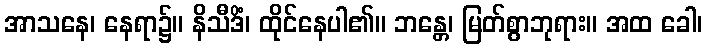
အာသနေ၊ နေရာ၌။ နိသီဒိံ၊ ထိုင်နေပါ၏။ ဘန္တေ၊ မြတ်စွာဘုရား။ အထ ခေါ၊